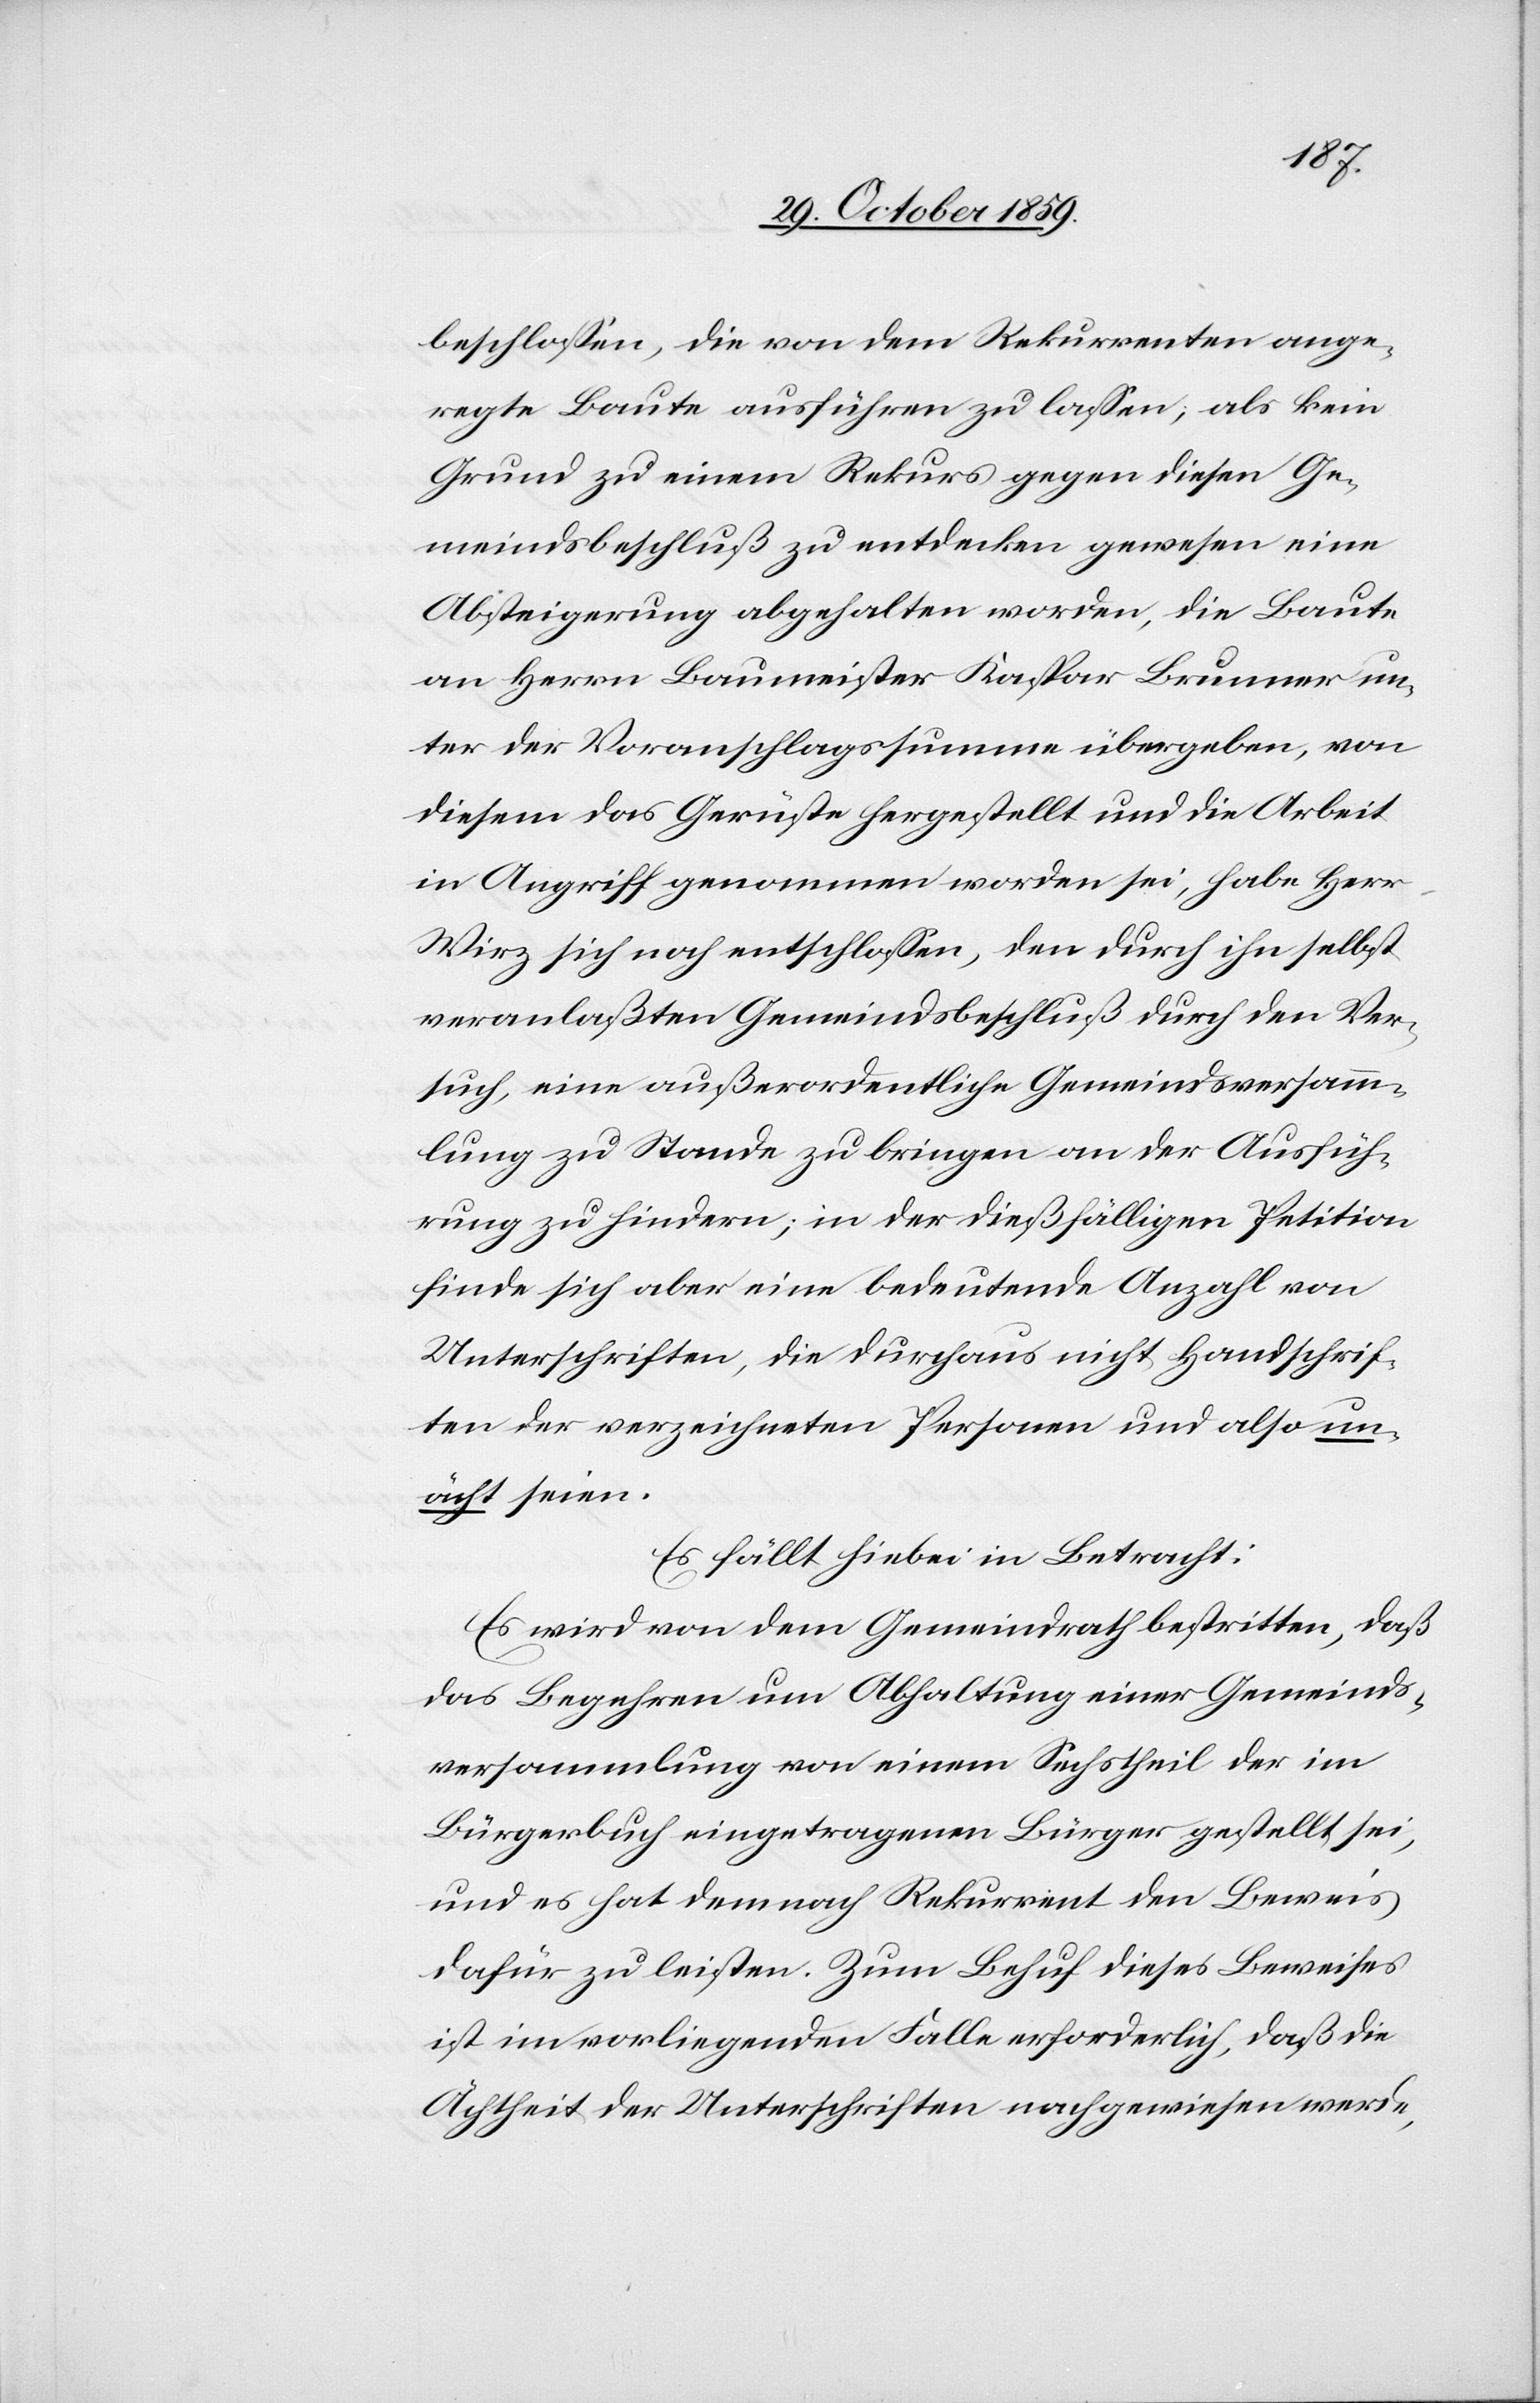
beschlossen, die von dem Rekurrenten ange¬
regte Baute ausführen zu lassen; als kein
Grund zu einem Rekurs gegen diesen Ge¬
meindsbeschluß zu entdecken gewesen eine
Absteigerung abgehalten worden, die Bauten
an Herrn Baumeister Kaspar Brunner un¬
ter der Voranschlagssumme übergeben, von
diesem das Gerüste hergestellt und die Arbeit
in Angriff genommen worden sei, habe Herr
Wirz sich noch entschlossen, den durch ihn selbst
veranlaßten Gemeindsbeschluß durch den Ver¬
such, eine außerordentliche Gemeindsversamm¬
lung zu Stande zu bringen an der Ausfüh¬
rung zu hindern; in der dießfälligen Petition
finde sich aber eine bedeutende Anzahl von
Unterschriften, die durchaus nicht Handschrif¬
ten der verzeichneten Personen und also un¬
ächt seien.
Es fällt hiebei in Betracht:
Es wird von dem Gemeindrath bestritten, daß
das Begehren um Abhaltung einer Gemeinds¬
versammlung von einem Sechstheil der im
Bürgerbuch eingetragenen Bürger gestellt sei,
und es hat demnach Rekurrent den Beweis
dafür zu leisten. Zum Behuf dieses Beweises
ist im vorliegenden Falle erforderlich, daß die
Ächtheit der Unterschriften nachgewiesen werde,